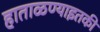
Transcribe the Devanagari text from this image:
हाताळण्याइतकी